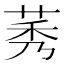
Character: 莠